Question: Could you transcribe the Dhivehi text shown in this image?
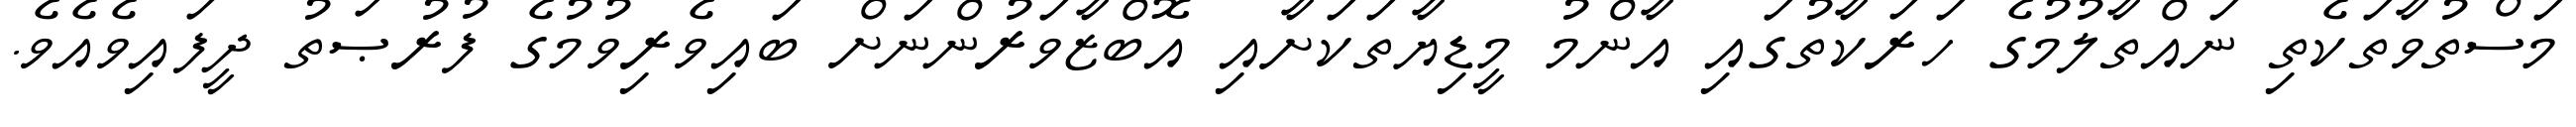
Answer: މަސްތުވާތަކެތި ނައްތާލުމުގެ ހަރަކާތުގައި އާންމު މީޑިޔާތަކަށާއި އޮބްޒާވަރުންނަށް ބައިވެރިވުމުގެ ފުރުޞަތު ދީފައިވެއެވެ.